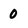
Character: 0